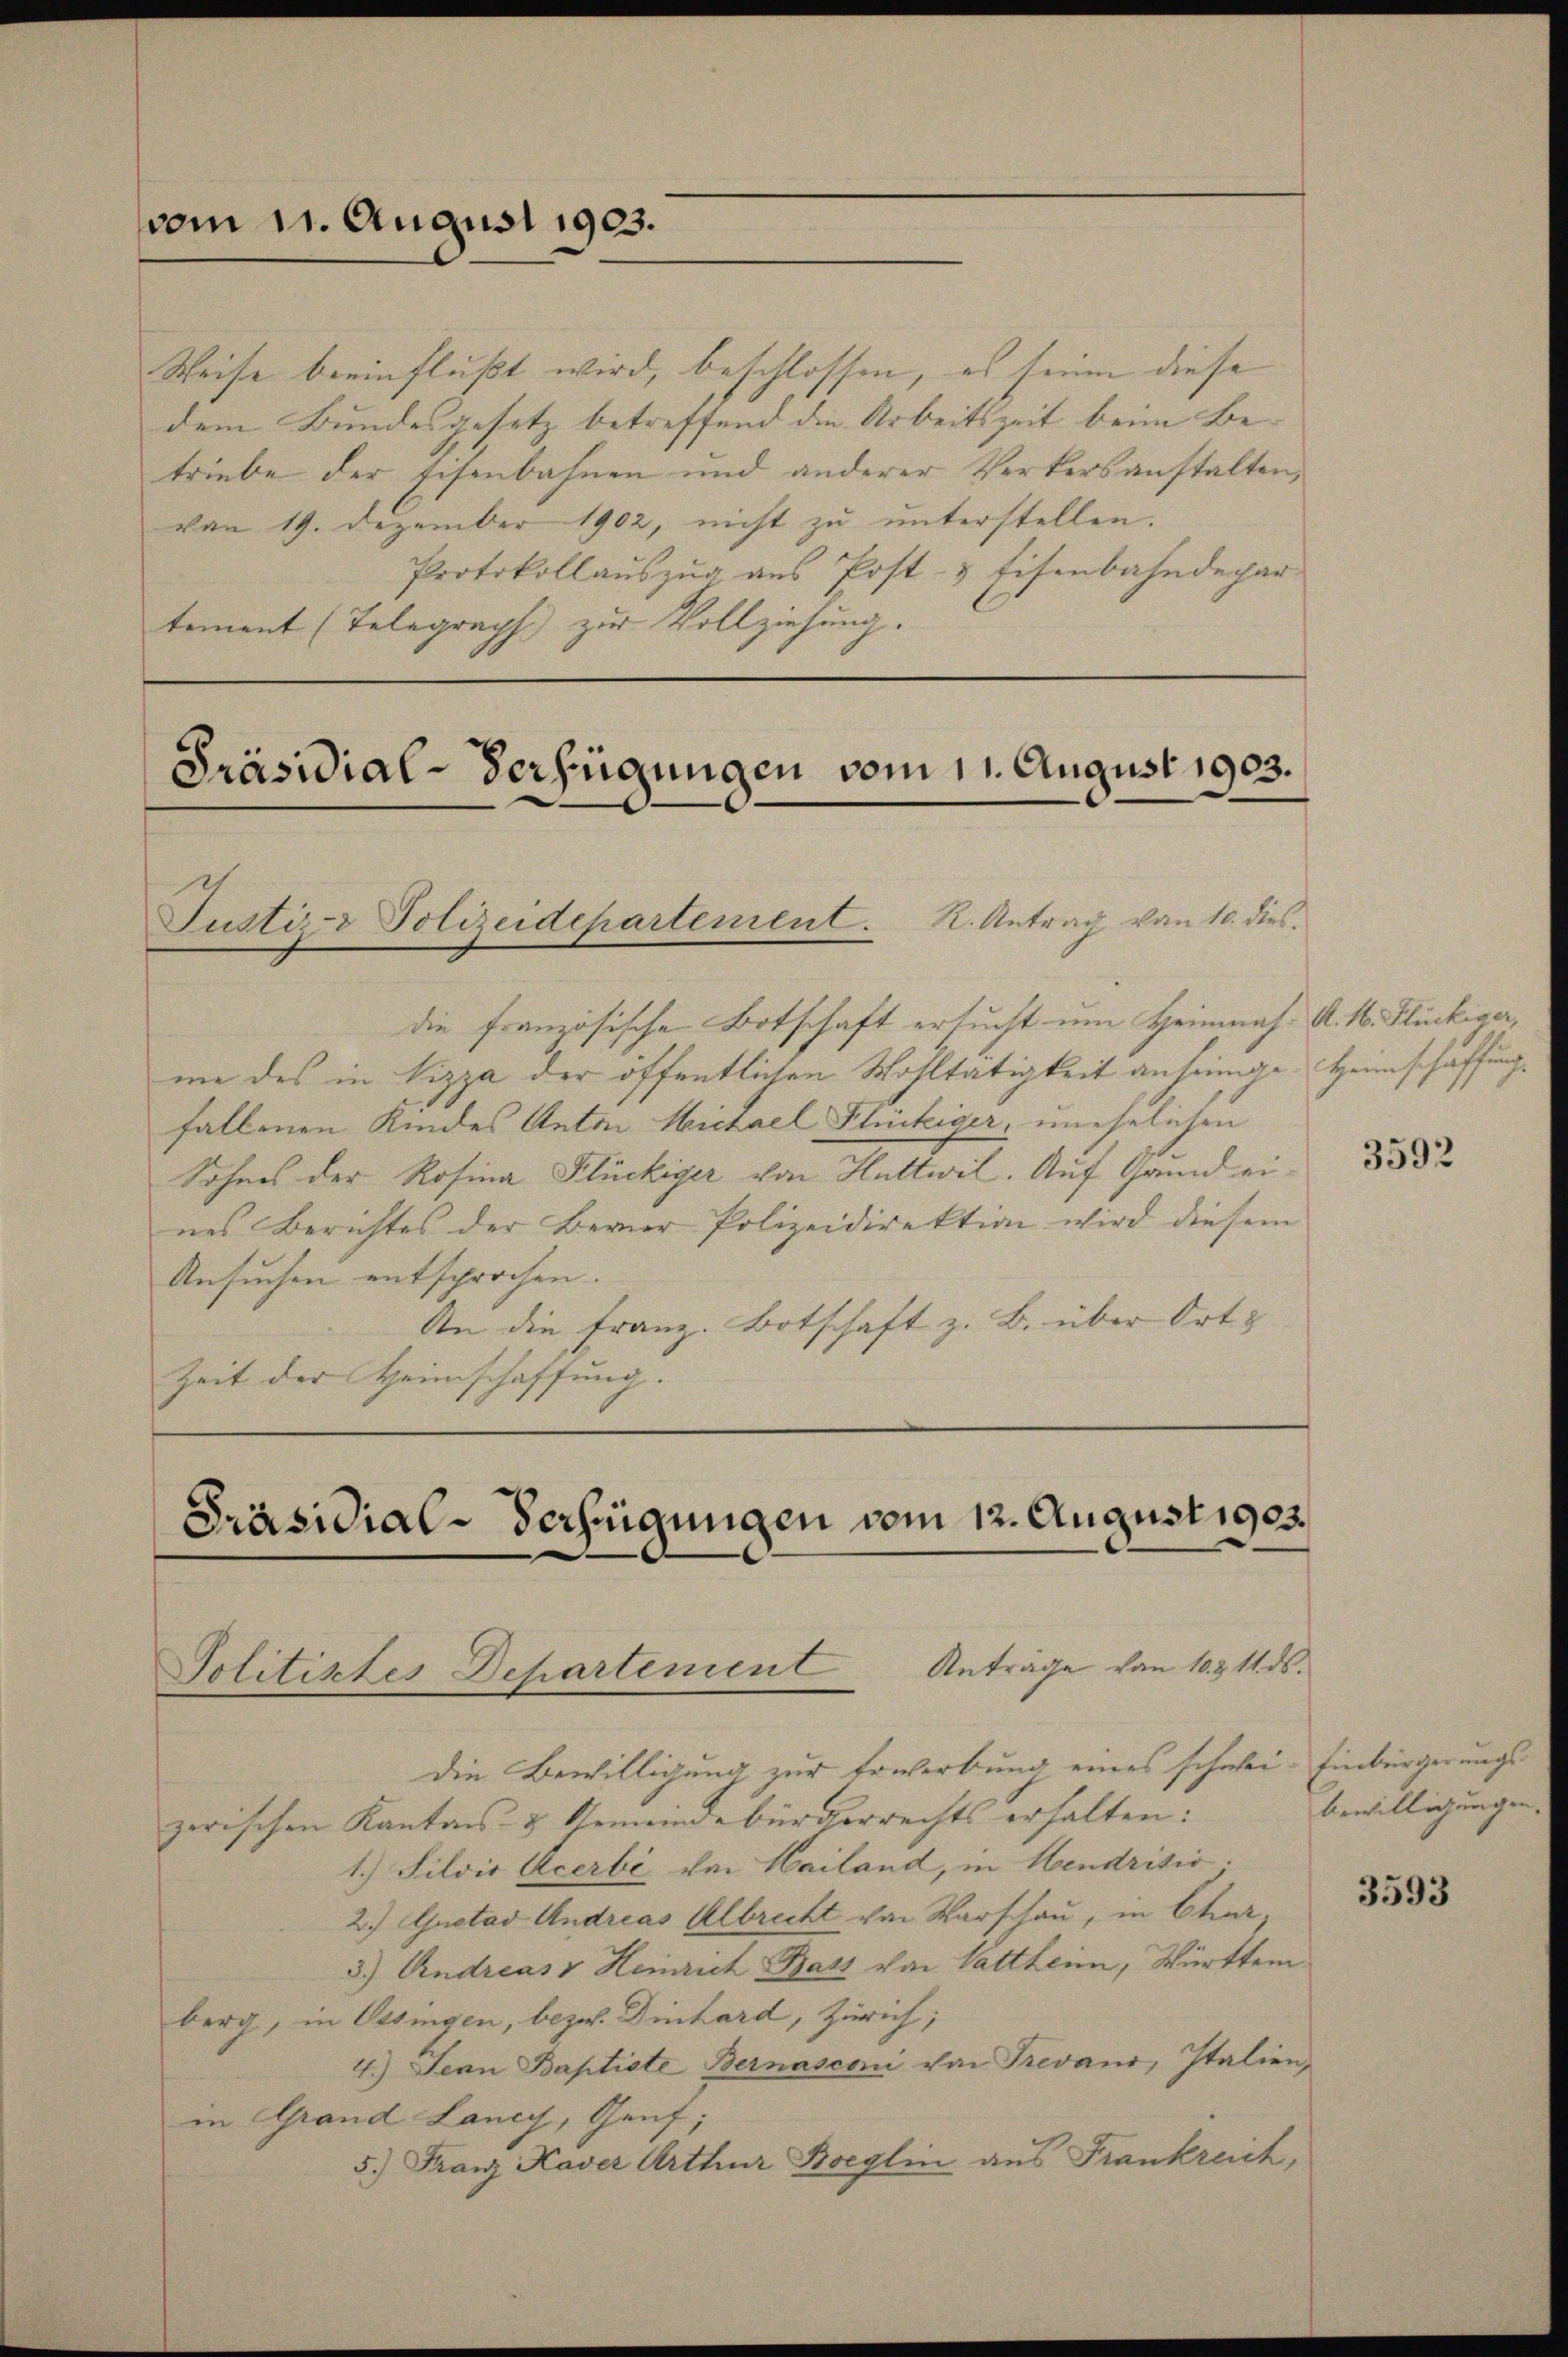
vom 11. August 1903.

Weise beeinflußt wird, beschlossen, es seine diese
dem Bundesgesetz betreffend die Arbeitszeit beim Be-
triebe der Eisenbahnen und anderer Verkersanstalten,
von 19. Dezember 1902, nicht zu unterstellen.
Protokollauszug aus Post- & Eisenbahndepar
tement (Telegraph zur Vollziehung.

Präsidial-Verfügungen vom 11. August 1903.
Justiz- & Polizeidepartement. K. Antrag von 10. dies

die französische Botschaft ersucht um Heimas K. M. Flückiger,
me des in Nizza der öffentlichen Wohltätigkeit anheinige Heimschaffung
fallenen Kindes Anton Michael Flückiger, unehelichen
Sohnes der Rosina Flückiger von Huttwil. Auf Grund eines Berichtes der Berner Polizeidirektion wird diesem
Ansuchen entsprochen.
An die Franz. Botschaft z. B. über Ort &
Zeit der Heimschaffung. |

Präsidial-Verfügungen vom 12. August 1903.
Anträge von 10. § 11. ds.
Politiktes Departement

die Bewilligung zur Erwerbung eines schwei- Einbürgerungszerischen Kantons- & Gemeindebürgerrechts erhalten:
1.) Silvis Acerbe von Hailand, in Mendrisio
2.) Gustav Andreas Albrecht von Warschau, in Chur
3.) Andreas Heinrich Batz von Vattheim, Württem
berg, in Ossingen, bezw. Dinhard, Zürich;
4.) Jean Baptiste Bernasconi von Trevano, Italien,
in Grand Lancy, Genf;
5.) Franz Kaver Arthur Boeglin aus Frankreich,

3592

bewilligungen.

3593